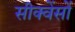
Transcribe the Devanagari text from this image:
सीक्वेंसों